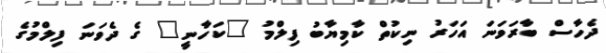
ދެހާސް ބާރަވަނަ އަހަރު ނިކުތް ކާމިޔާބު ފިލްމު "ކަހާނީ" ގެ ދެވަނަ ފިލްމުގެ